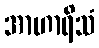
အာဟာရိသံ